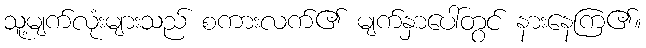
သူ့မျက်လုံးများသည် စကားလက်၏ မျက်နှာပေါ်တွင် နားနေကြ၏။